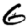
Digit: 6